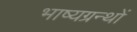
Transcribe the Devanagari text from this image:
भाष्यग्रन्थों